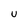
Character: U